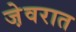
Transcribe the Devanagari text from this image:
जे़वरात